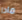
ماذا